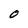
Character: O